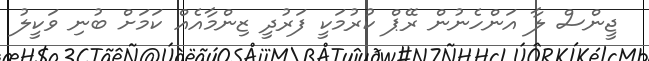
ޖީންސް ލާ އަންހެނުން ރޭޕް ކުރުމަކީ ފަރުދީ ޒިންމާއެއް ކަމަށް ބުނި ވަކީލު